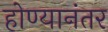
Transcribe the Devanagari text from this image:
होण्यानंतर